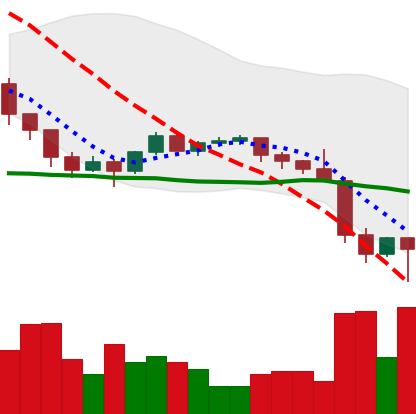
Ticker: ETH-USD
Chart end date: 2022-01-24
Forward return: 6.423%
Label: up_5_7